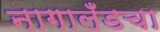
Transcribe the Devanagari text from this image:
नागालँडचा